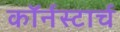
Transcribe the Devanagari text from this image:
कॉर्नस्टार्च